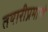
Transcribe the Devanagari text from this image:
तयारीप्रमाणे